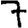
Digit: 7